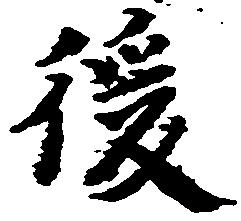
後